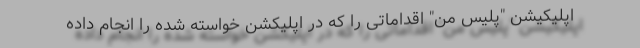
اپلیکیشن "پلیس من" اقداماتی را که در اپلیکشن خواسته شده را انجام داده